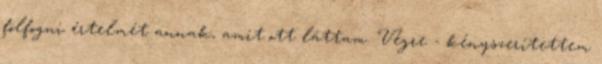
fölfogni értelmét annak, amit ott láttam. Végre - kényszerítettem